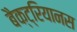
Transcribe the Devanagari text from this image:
बैक्ट्रियानस